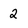
Character: 2